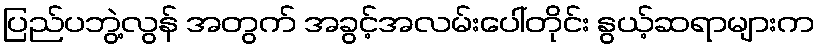
ပြည်ပဘွဲ့လွန် အတွက် အခွင့်အလမ်းပေါ်တိုင်း နွယ့်ဆရာများက